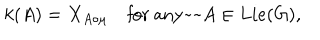
LaTeX: k ( A ) = X _ { A \circ \mu } \quad \mathrm { f o r ~ a n y ~ ~ } A \in L i e ( G ) ,